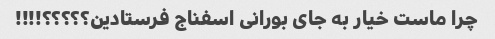
چرا ماست خیار به جای بورانی اسفناج فرستادین؟؟؟؟؟!!!!